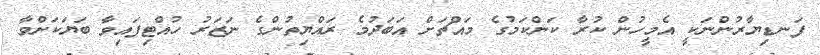
ފަނޑިޔާރުންނަކީ އެމީހުން ކުރާ ކަންކަމުގެ މައްޗަށް އަބަދުމެ ރައްޔިތުންގެ ނަޒަރު ހުއްޓިފައިވާ ބަޔަކަށްވާ